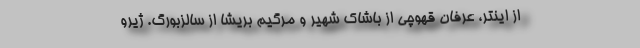
از اینتر، عرفان قهوچی از باشاک شهیر و مرگیم بریشا از سالزبورگ. ژیرو